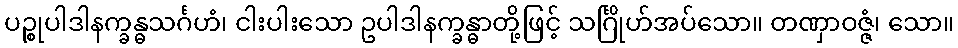
ပဉ္စုပါဒါနက္ခန္ဓသင်္ဂဟံ၊ ငါးပါးသော ဥပါဒါနက္ခန္ဓာတို့ဖြင့် သင်္ဂြိုဟ်အပ်သော။ တဏှာဝဇ္ဇံ၊ သော။